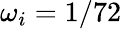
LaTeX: \omega_{i}=1/72